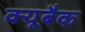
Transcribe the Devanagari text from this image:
क्यूबैक